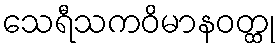
သေရီသကဝိမာနဝတ္ထု